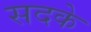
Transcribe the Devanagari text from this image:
सदके